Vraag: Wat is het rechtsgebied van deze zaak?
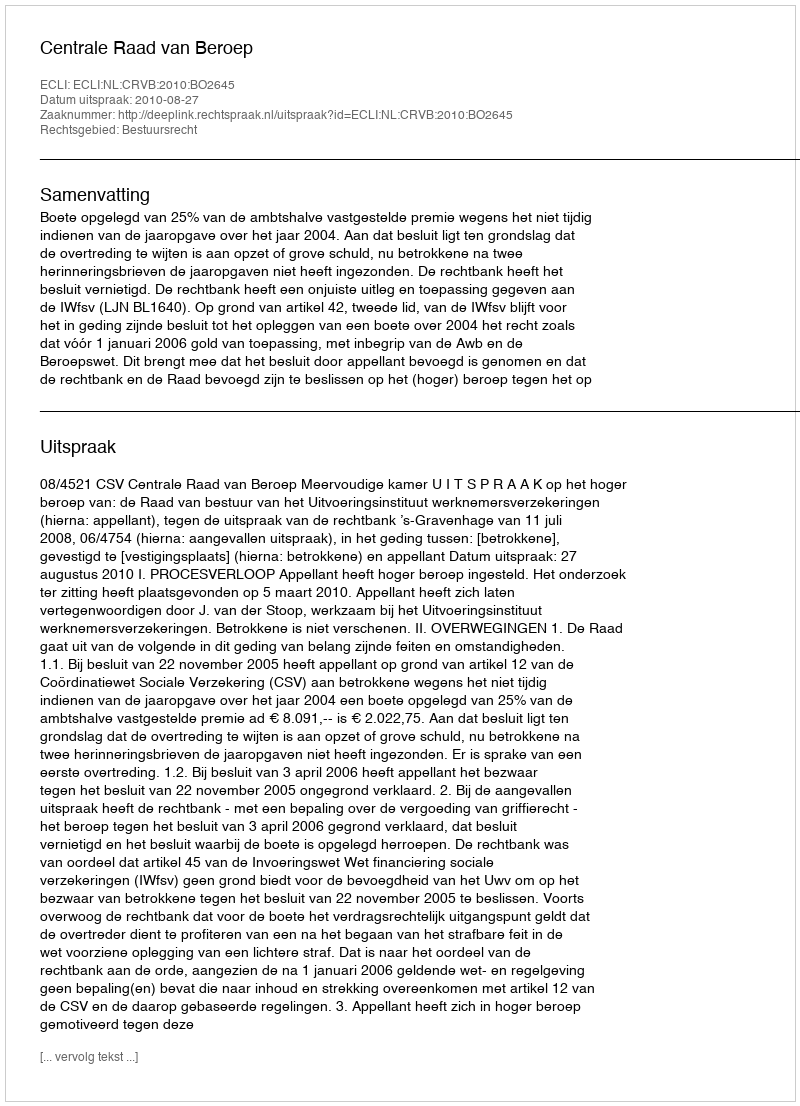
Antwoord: Bestuursrecht